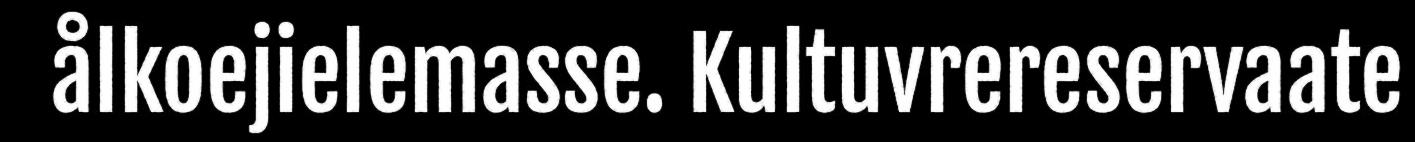
ålkoejielemasse. Kultuvrereservaate